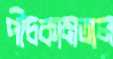
পীচকামতাল